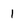
Character: 1